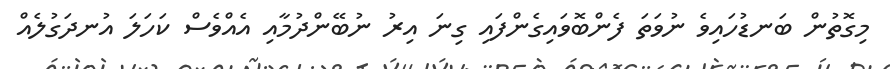
މިގޮތުން ބަނޑުހައިވެ ނުވަތަ ފެންބޮވައިގެންފައި ގިނަ އިރު ނުބޭންދުމާއި އެއްވެސް ކަހަލަ އުނދަގުލެއް